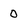
Character: 0